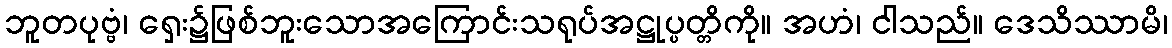
ဘူတပုဗ္ဗံ၊ ရှေး၌ဖြစ်ဘူးသောအကြောင်းသရုပ်အဋ္ဌုပ္ပတ္တိကို။ အဟံ၊ ငါသည်။ ဒေသိဿာမိ၊